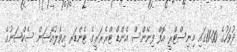
ދުވަހުގެ 11:00ގައި މިނިސްޓްރީ އޮފް ފިނޭންސް އެންޑް ޓްރެޜަރީގެ ޓެންޑަރ އިވެލުއޭޝަން ސެކްޝަނުގެ